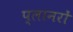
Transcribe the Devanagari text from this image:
प्लानरों